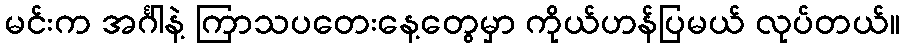
မင်းက အင်္ဂါနဲ့ ကြာသပတေးနေ့တွေမှာ ကိုယ်ဟန်ပြမယ် လုပ်တယ်။